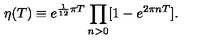
\eta ( T ) \equiv e ^ { \frac { 1 } { 1 2 } \pi T } \prod _ { n > 0 } [ 1 - e ^ { 2 \pi n T } ] .